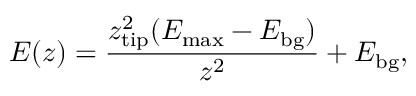
E ( z ) = \frac { z _ { \mathrm { t i p } } ^ { 2 } ( E _ { \mathrm { m a x } } - E _ { \mathrm { b g } } ) } { z ^ { 2 } } + E _ { \mathrm { b g } } ,